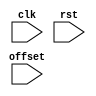
// Dummy implementation, does nothing
module TC_Console (clk, rst, offset);
    parameter UUID = 0;
    parameter NAME = "";
    input clk;
    input rst;
    input [31:0] offset;
endmodule